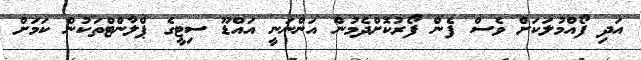
އަދި ފޯއްމުލަކަށް ވެސް ފެން ފޯރުކޮށްދެމުން އަންނަނީ އައްޑޫ ސިޓީގެ ޕްލާންޓްތަކުން ކަމަށް